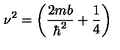
\nu ^ { 2 } = \left( \frac { 2 m b } { \hbar ^ { 2 } } + \frac { 1 } { 4 } \right)